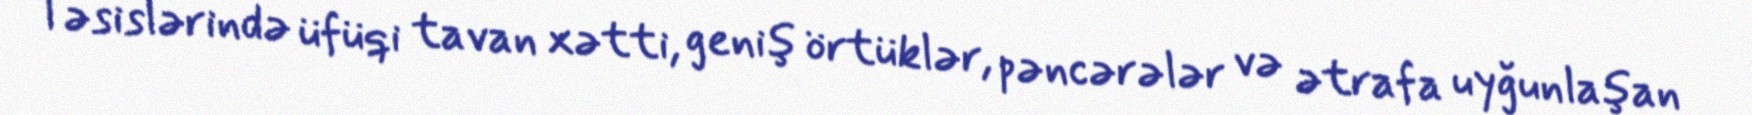
Təsislərində üfüqi tavan xətti, geniş örtüklər, pəncərələr və ətrafa uyğunlaşan